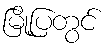
မြို့ပြတွင်